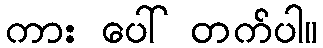
ကား ပေါ် တက်ပါ။